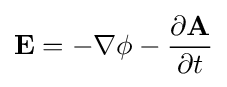
{\bf {E}}=-\nabla \phi -{\partial {\bf {A}} \over {\partial t}}